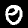
Digit: 0